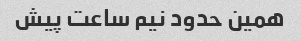
همین حدود نیم ساعت پیش